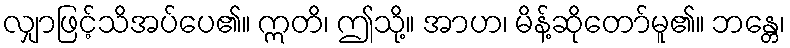
လျှာဖြင့်သိအပ်ပေ၏။ ဣတိ၊ ဤသို့။ အာဟ၊ မိန့်ဆိုတော်မူ၏။ ဘန္တေ၊